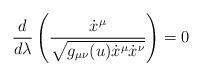
LaTeX: \begin{align*} \frac{d}{d\lambda} \left( \frac{\dot{x}^\mu}{\sqrt{g_{\mu\nu}(u) \dot{x}^\mu \dot{x}^\nu}} \right) = 0\end{align*}